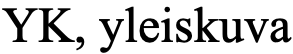
YK, yleiskuva